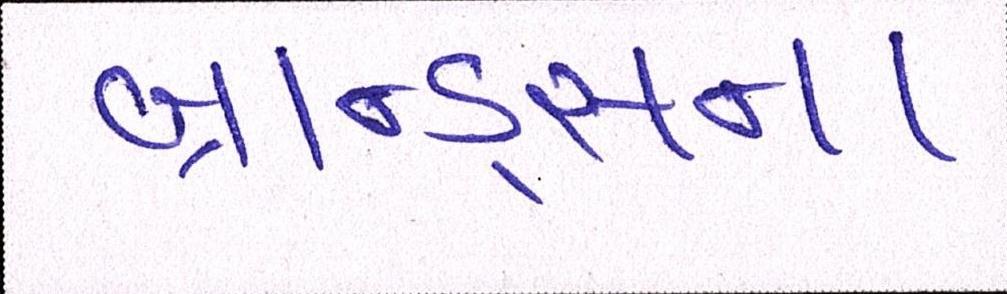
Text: બ્રાન્ડ્સના